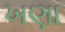
ખણા